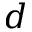
d